Senior Leaving Certificate Examination (including Day School Certificate (Higher) General paper), 1949
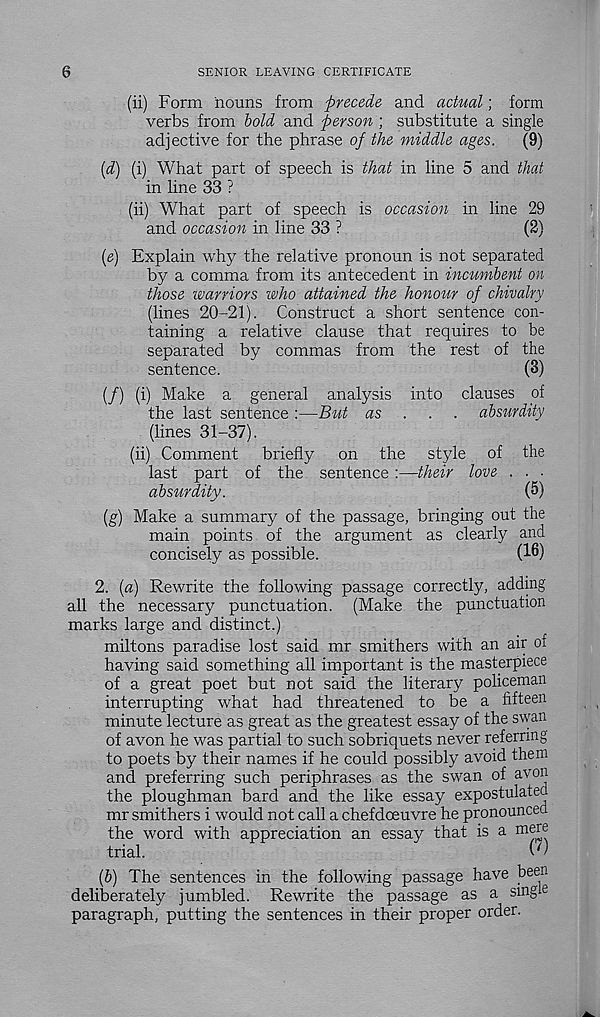
6
SENIOR LEAVING CERTIFICATE
(ii) Form nouns from precede and actual; form
verbs from bold and person ; substitute a single
adjective for the phrase of the middle ages.
(9)
(d) (i) What part of speech is that in line 5 and that
in line 33 ?
(ii) What part of speech is occasion in line 29
and occasion in line 33 ?
(2)
{e) Explain why the relative pronoun is not separated
by a comma from its antecedent in incumbent on
those warriors who attained the honour of chivalry
(lines 20-21). Construct a short sentence con-
taining a relative clause that requires to be
separated by commas from the rest of the
sentence.
(3)
(/) (i) Make a general analysis into clauses of
the last sentence :—But as .. . absurdity
(lines 31-37).
(ii) Comment
briefly
on the style of the
last part of the sentence :—their love . . ■
absurdity.
(5)
(g) Make a summary of the passage, bringing out the
main points of the argument as clearly and
concisely as possible.
(16)
2. {a) Rewrite the following passage correctly, adding
all the necessary punctuation. (Make the punctuation
marks large and distinct.)
miltons paradise lost said mr smithers with an air of
having said something all important is the masterpiece
of a great poet but not said the literary policeman
interrupting what had threatened to be a fifteen
minute lecture as great as the greatest essay of the swan
of avon he was partial to such sobriquets never referring
to poets by their names if he could possibly avoid them
and preferring such periphrases as the swan of avon
the ploughman bard and the like essay expostulated
mr smithers i would not call a chefdceuvre he pronounced
the word with appreciation an essay that is a mere
trial.
(C
[b) The sentences in the following passage have been
deliberately jumbled. Rewrite the passage as a single
paragraph, putting the sentences in their proper order.